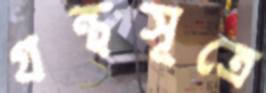
গ্রন্থসূত্রে